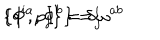
\{ q ^ { i } , p _ { j } \} = \delta _ { j } ^ { i } \hspace { 1 . 2 i n } \{ \Phi ^ { a } , \Phi ^ { b } \} = \omega ^ { a b }